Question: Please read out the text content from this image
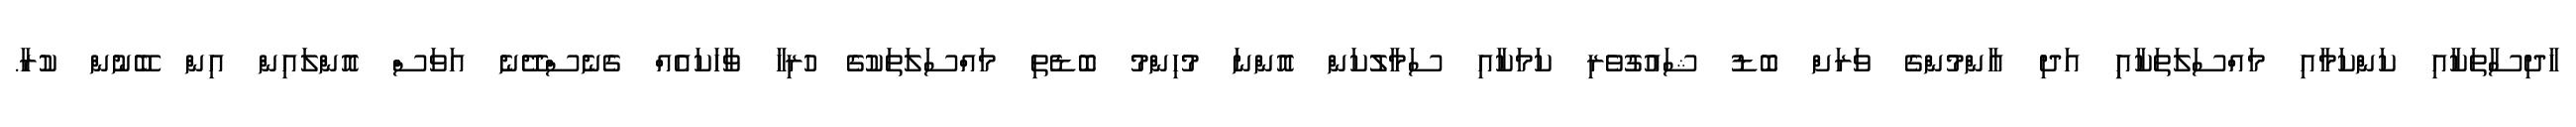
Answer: ހާދިސާތަކާއި ކަންކަމާއި މައްސަލަތަކާއިި އަދި އާންމުންގެ ވަރަށް ބޮޑު ޝައުގުވެރި ކަމަކާއި ސަމާލުކަން އޮންނަ މުހިންމު ބޮޑެތި މައްސަލަތަކުގެ ހުރިހާ ވާހަކައެއް ގެނެސްދޭނެ އަވަސް އޮންލައިން އިން ބޭނުން ކުރާ.